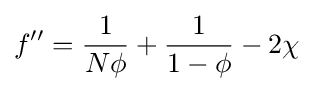
f''={\frac {1}{N\phi }}+{\frac {1}{1-\phi }}-2\chi